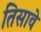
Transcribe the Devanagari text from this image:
तिसावे